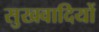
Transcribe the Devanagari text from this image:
सुखवादियों